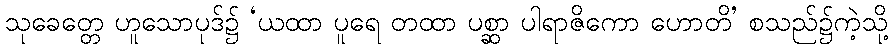
သုခေတ္တေ ဟူသောပုဒ်၌ ‘ယထာ ပူရေ တထာ ပစ္ဆာ ပါရာဇိကော ဟောတိ’ စသည်၌ကဲ့သို့